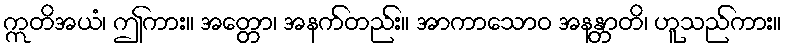
ဣတိအယံ၊ ဤကား။ အတ္တော၊ အနက်တည်း။ အာကာသောဝ အနန္တာတိ၊ ဟူသည်ကား။